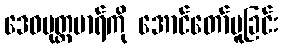
ဒေဝပုတ္တမာရ်ကို အောင်တော်မူခြင်း